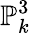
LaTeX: \mathbb{P}_{k}^{3}